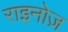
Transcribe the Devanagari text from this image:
राइनोज़